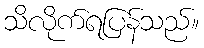
သိလိုက်ရပြန်သည်။